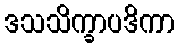
ဒသသိက္ခာပဒိကာ